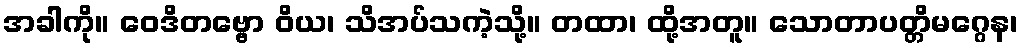
အခါကို။ ဝေဒိတဗ္ဗော ဝိယ၊ သိအပ်သကဲ့သို့။ တထာ၊ ထို့အတူ။ သောတာပတ္တိမဂ္ဂေန၊